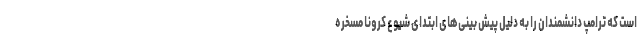
است که ترامپ دانشمندان را به دلیل پیش بینی‌های ابتدای شیوع کرونا مسخره